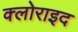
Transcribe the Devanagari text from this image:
क्लोराइद